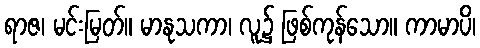
ရာဇ၊ မင်းမြတ်။ မာနုသကာ၊ လူ၌ ဖြစ်ကုန်သော။ ကာမာပိ၊